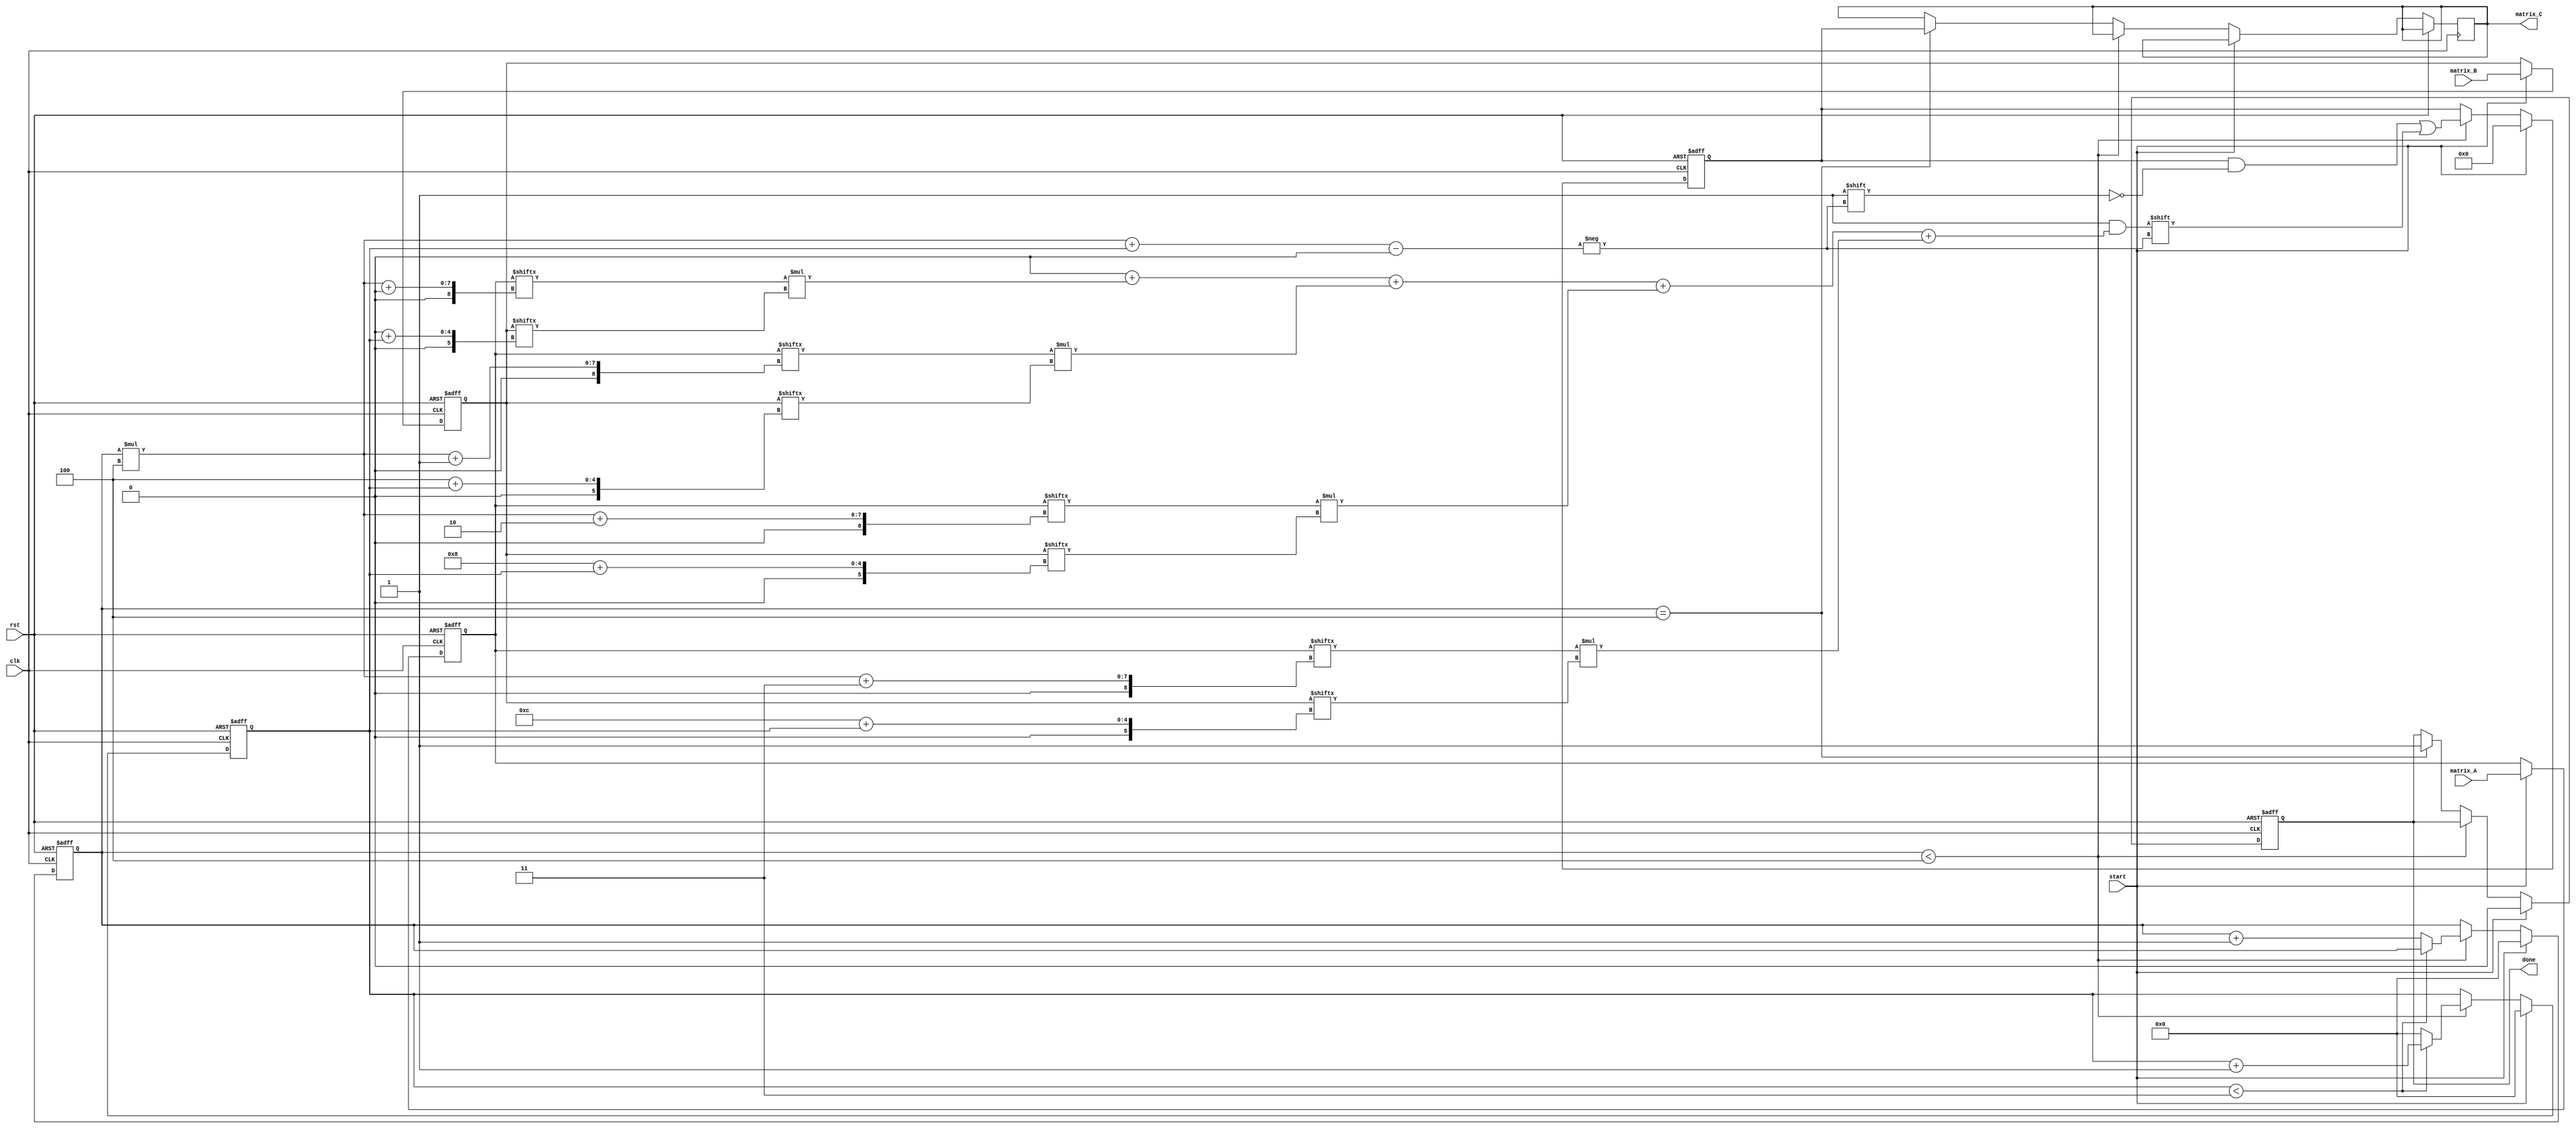
module stencil_multiplier #(
    parameter M = 4, // Rows in matrix A
    parameter K = 4, // Columns in matrix A / Rows in matrix B
    parameter N = 4  // Columns in matrix B
)(
    input wire clk,
    input wire rst,
    input wire start,
    input wire [M*K-1:0] matrix_A, // Flattened MxK matrix A
    input wire [K*N-1:0] matrix_B, // Flattened KxN matrix B
    output reg [M*N-1:0] matrix_C,   // Flattened MxN result matrix C
    output reg done
);

    reg [M*K-1:0] buffer_A;
    reg [K*N-1:0] buffer_B;
    reg [M*N-1:0] result;
    reg [3:0] row, col, i; // Loop counters
    reg [7:0] partial_sum; // Accumulator for multiplication results

    // Control Logic
    always @(posedge clk or posedge rst) begin
        if (rst) begin
            buffer_A <= 0;
            buffer_B <= 0;
            result <= 0;
            done <= 0;
            row <= 0;
            col <= 0;
        end else if (start) begin
            buffer_A <= matrix_A;
            buffer_B <= matrix_B;
            result <= 0;
            row <= 0;
            col <= 0;
            done <= 0;
        end else if (row < M) begin
            partial_sum = 0;
            for (i = 0; i < K; i = i + 1) begin
                partial_sum = partial_sum + buffer_A[row*K + i] * buffer_B[i*N + col];
            end
            result[row*N + col] = partial_sum;

            // Move to the next column
            if (col < N - 1) begin
                col <= col + 1;
            end else begin
                col <= 0;
                row <= row + 1;
            end
        end else if (row == M) begin
            matrix_C <= result; // Store result in output
            done <= 1; // Signal completion
        end
    end
endmodule